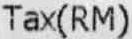
TAX(RM)